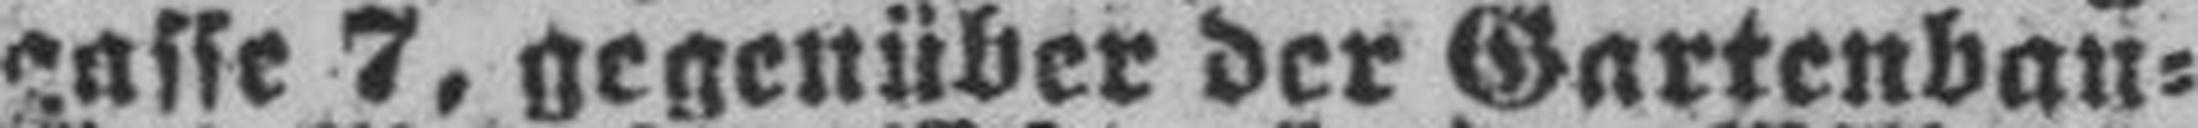
gasse 7, gegenüber der Gartenbau=